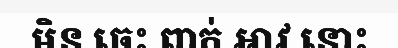
មិន ចេះ ពាក់ អាវ នោះ